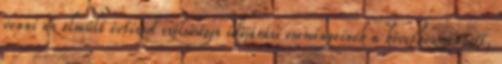
venni az elmúlt évtized szélsõséges idõjárási eseményeinek a következményeit,